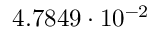
4 . 7 8 4 9 \cdot 1 0 ^ { - 2 }